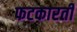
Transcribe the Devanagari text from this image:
फटकारती